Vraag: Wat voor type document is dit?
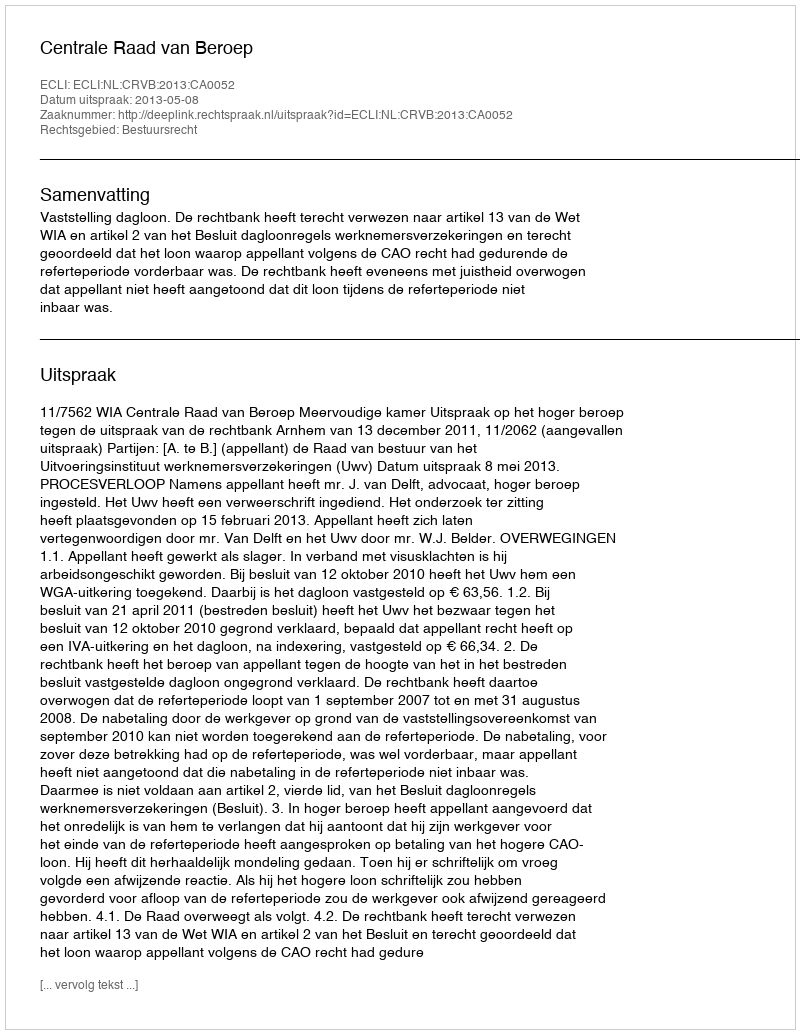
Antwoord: Uitspraak